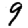
Digit: 9